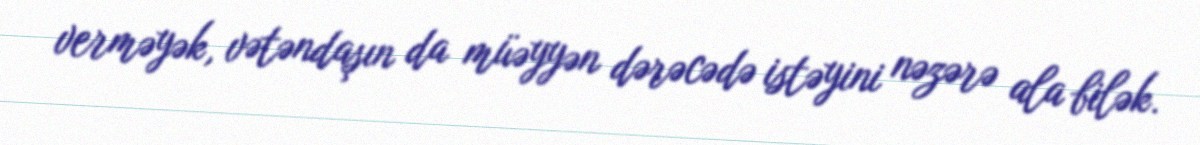
verməyək, vətəndaşın da müəyyən dərəcədə istəyini nəzərə ala bilək.